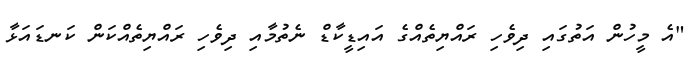
"އެ މީހުން އަތުގައި ދިވެހި ރައްޔިތެއްގެ އައިޑީކާޑް ނެތުމާއި ދިވެހި ރައްޔިތެއްކަން ކަނޑައަޅާ